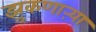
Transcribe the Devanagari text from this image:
झुकणाऱ्या